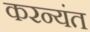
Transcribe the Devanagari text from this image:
करन्यंत